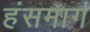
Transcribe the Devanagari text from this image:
हंसमार्ग